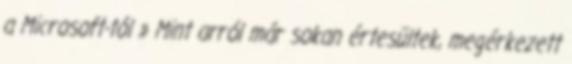
a Microsoft-tól » Mint arról már sokan értesültek, megérkezett